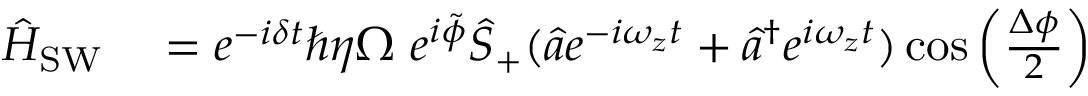
\begin{array} { r l } { \hat { H } _ { \mathrm { S W } } } & { { } = e ^ { - i \delta t } \hbar \eta \Omega \ e ^ { i \tilde { \phi } } \hat { S } _ { + } ( \hat { a } e ^ { - i \omega _ { z } t } + \hat { a } ^ { \dagger } e ^ { i \omega _ { z } t } ) \cos \left( \frac { \Delta \phi } { 2 } \right) } \end{array}